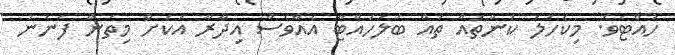
ހުއްޓެވެ. މިކަހަލަ ކަންތައް ތައް ބަލަހައްޓާ އެއްވެސް އިދާރާ އަކަށް މިތަން ފެނުނު